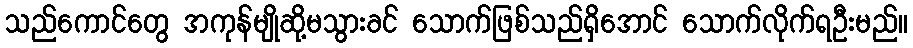
သည်ကောင်တွေ အကုန်မျိုဆို့မသွားခင် သောက်ဖြစ်သည်ရှိအောင် သောက်လိုက်ရဦးမည်။